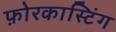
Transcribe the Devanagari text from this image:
फ़ोरकास्टिंग